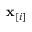
\mathbf { x } _ { [ i ] }